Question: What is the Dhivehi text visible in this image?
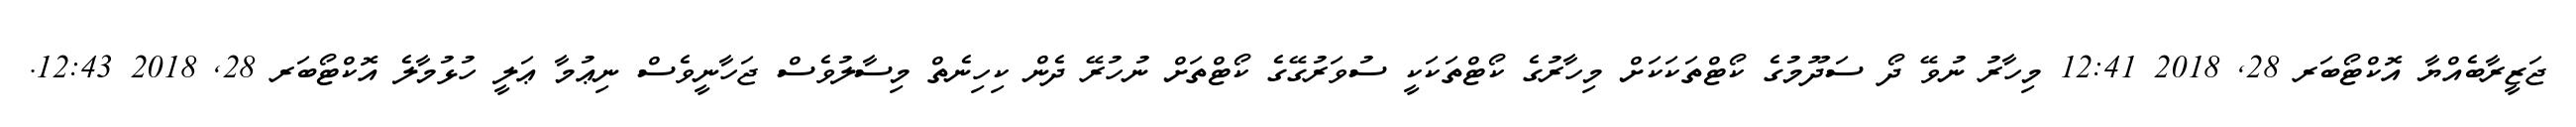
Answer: ޖަޒީރާބެއްޔާ އޮކްޓޯބަރ 28, 2018 12:41 މިހާރު ނުވޭ ދޯ ސަދޫމުގެ ކޯޓްތަކަކަށް މިހާރުގެ ކޯޓްތަކަކީ ސުވަރުގޭގެ ކޯޓްތަށް ނުހުރޭ ދެން ކިހިނެތް މިސާލުވެސް ޖަހާނީވެސް ނިޢުމާ ޢަލީ ހުޅުމާލެ އޮކްޓޯބަރ 28, 2018 12:43.